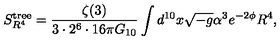
S _ { R ^ { 4 } } ^ { \mathrm { t r e e } } = \frac { \zeta ( 3 ) } { 3 \cdot 2 ^ { 6 } \cdot 1 6 \pi G _ { 1 0 } } \int d ^ { 1 0 } x \sqrt { - g } \alpha ^ { 3 } e ^ { - 2 \phi } R ^ { 4 } ,